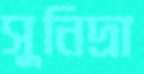
সুনিদ্রা